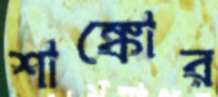
শাঙ্কোর